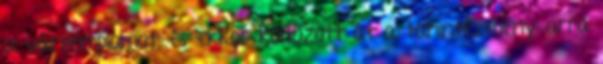
a vártemplomot, és ekkor költözött át a tanintézmény arra